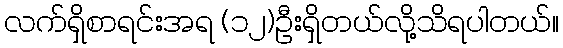
လက်ရှိစာရင်းအရ (၁၂)ဦးရှိတယ်လို့သိရပါတယ်။